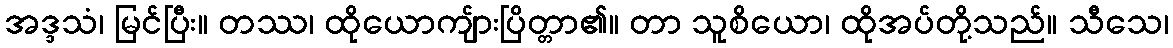
အဒ္ဒသံ၊ မြင်ပြီး။ တဿ၊ ထိုယောကျ်ားပြိတ္တာ၏။ တာ သူစိယော၊ ထိုအပ်တို့သည်။ သီသေ၊